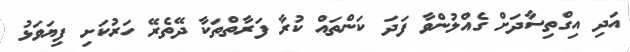
އަދި އިގްތިސާދަށް ގެއްލުންވާ ފަދަ ކަންތައް ކުރާ ފަރާތްތަކާ ދޭތެރޭ ހަރުކަށި ފިޔަވަޅު